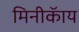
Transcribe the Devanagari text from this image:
मिनीकॅाय